Annual administration report of the Civil Veterinary Department of India - 1897-1898
Year: 1897
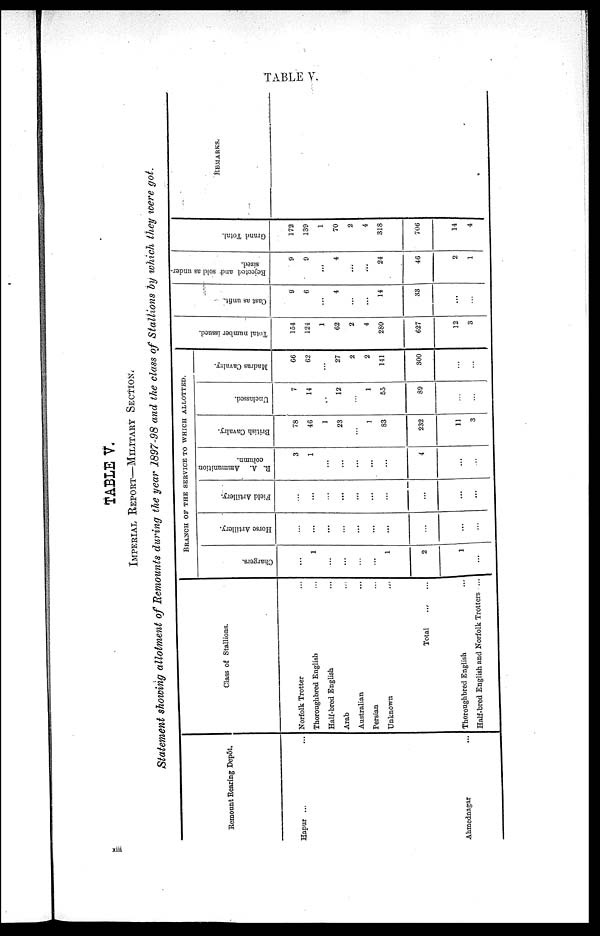
TABLE V.
TABLE V.
IMPERIAL REPORT—MILITARY SECTION.
Statement showing allotment of Remounts during the year 1897-98 and the class of Stallions by which they were got.
Remount Rearing Depôt.
Hapur ...
Ahmednagar ...
Class of Stallions.
Norfolk Trotter ...
Thoroughbred English ...
Half-bred English ...
Arab ...
Australian ...
Persian ...
Unknown ...
Total ...
Thoroughbred English ...
Half-bred English and Norfolk Trotters ...
...
...
...
...
...
...
...
...
...
BRANCH OF THE SERVICE TO WHICH ALLOTTED.
Chargers.
...
1
...
...
1
2
1
...
Horse Artillery.
...
...
...
...
...
...
...
...
...
...
Field Artillery.
...
...
...
...
...
...
...
...
...
...
R. A. Ammunition
column.
3
1
...
...
...
...
...
4
...
...
British Cavalry.
78
46
1
23
...
1
83
232
11
3
Unclassed.
7
14
...
12
...
1
55
89
...
...
Madras Cavalny.
66
62
...
27
2
2
141
300
...
...
Tot al n u mb e r i ssued.
154
124
1
62
2
4
280
627
12
3
Cast as unfit.
9
6
...
4
...
...
14
33
...
...
Rejected and sold as under-
sized.
9
9
...
4
...
...
24
46
2
1
Gr and Tot al .
172
139
1
70
2
4
318
706
14
4
REMARKS.
xiii